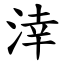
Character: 涬